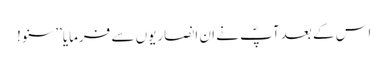
اس کے بعد آپؐ نے ان انصاریوں سے فرمایا’’سنو!